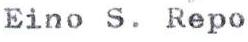
Eino S.Repo